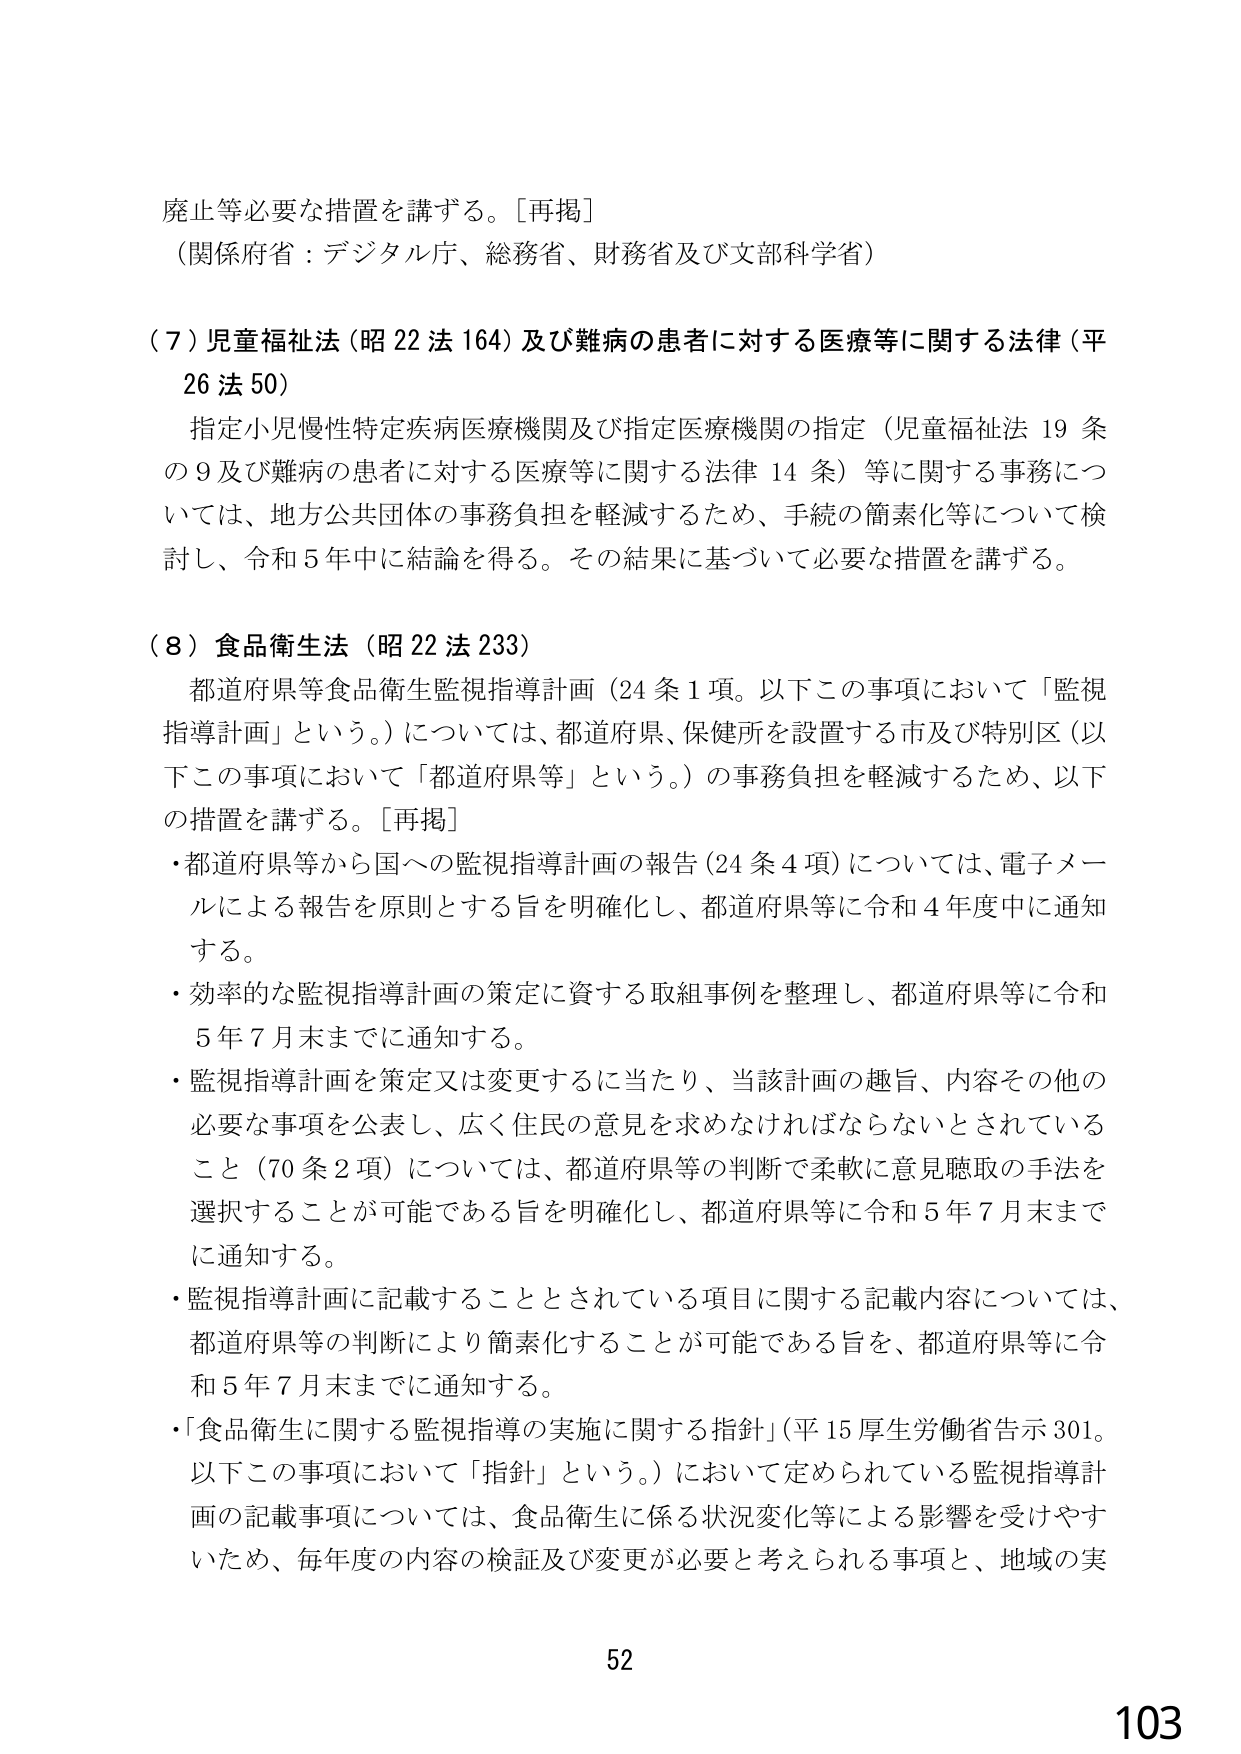
廃止等必要な措置を講ずる。［再掲］
（関係府省：デジタル庁、総務省、財務省及び文部科学省）

（７）児童福祉法（昭22法164）及び難病の患者に対する医療等に関する法律（平26法50）
　指定小児慢性特定疾病医療機関及び指定医療機関の指定（児童福祉法19条の9及び難病の患者に対する医療等に関する法律14条）等に関する事務については、地方公共団体の事務負担を軽減するため、手続の簡素化等について検討し、令和5年中に結論を得る。その結果に基づいて必要な措置を講ずる。

（８）食品衛生法（昭22法233）
　都道府県等食品衛生監視指導計画（24条1項。以下この事項において「監視指導計画」という。）については、都道府県、保健所を設置する市及び特別区（以下この事項において「都道府県等」という。）の事務負担を軽減するため、以下の措置を講ずる。［再掲］
・都道府県等から国への監視指導計画の報告（24条4項）については、電子メールによる報告を原則とする旨を明確化し、都道府県等に令和4年度中に通知する。
・効率的な監視指導計画の策定に資する取組事例を整理し、都道府県等に令和5年7月末までに通知する。
・監視指導計画を策定又は変更するに当たり、当該計画の趣旨、内容その他の必要な事項を公表し、広く住民の意見を求めなければならないとされていること（70条2項）については、都道府県等の判断で柔軟に意見聴取の手法を選択することが可能である旨を明確化し、都道府県等に令和5年7月末までに通知する。
・監視指導計画に記載することとされている項目に関する記載内容については、都道府県等の判断により簡素化することが可能である旨を、都道府県等に令和5年7月末までに通知する。
・「食品衛生に関する監視指導の実施に関する指針」（平15厚生労働省告示301。以下この事項において「指針」という。）において定められている監視指導計画の記載事項については、食品衛生に係る状況変化等による影響を受けやすいため、毎年度の内容の検証及び変更が必要と考えられる事項と、地域の実

52
103